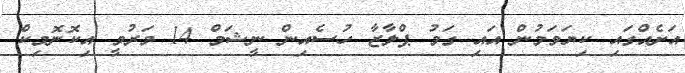
އަށެއްގައި ކިޔަވަމުން އައި ގަމު ޕްލާޒާ ހުސެއިން ނީޝަމް 14 މަރުވީ އިކޮނޮމިކް